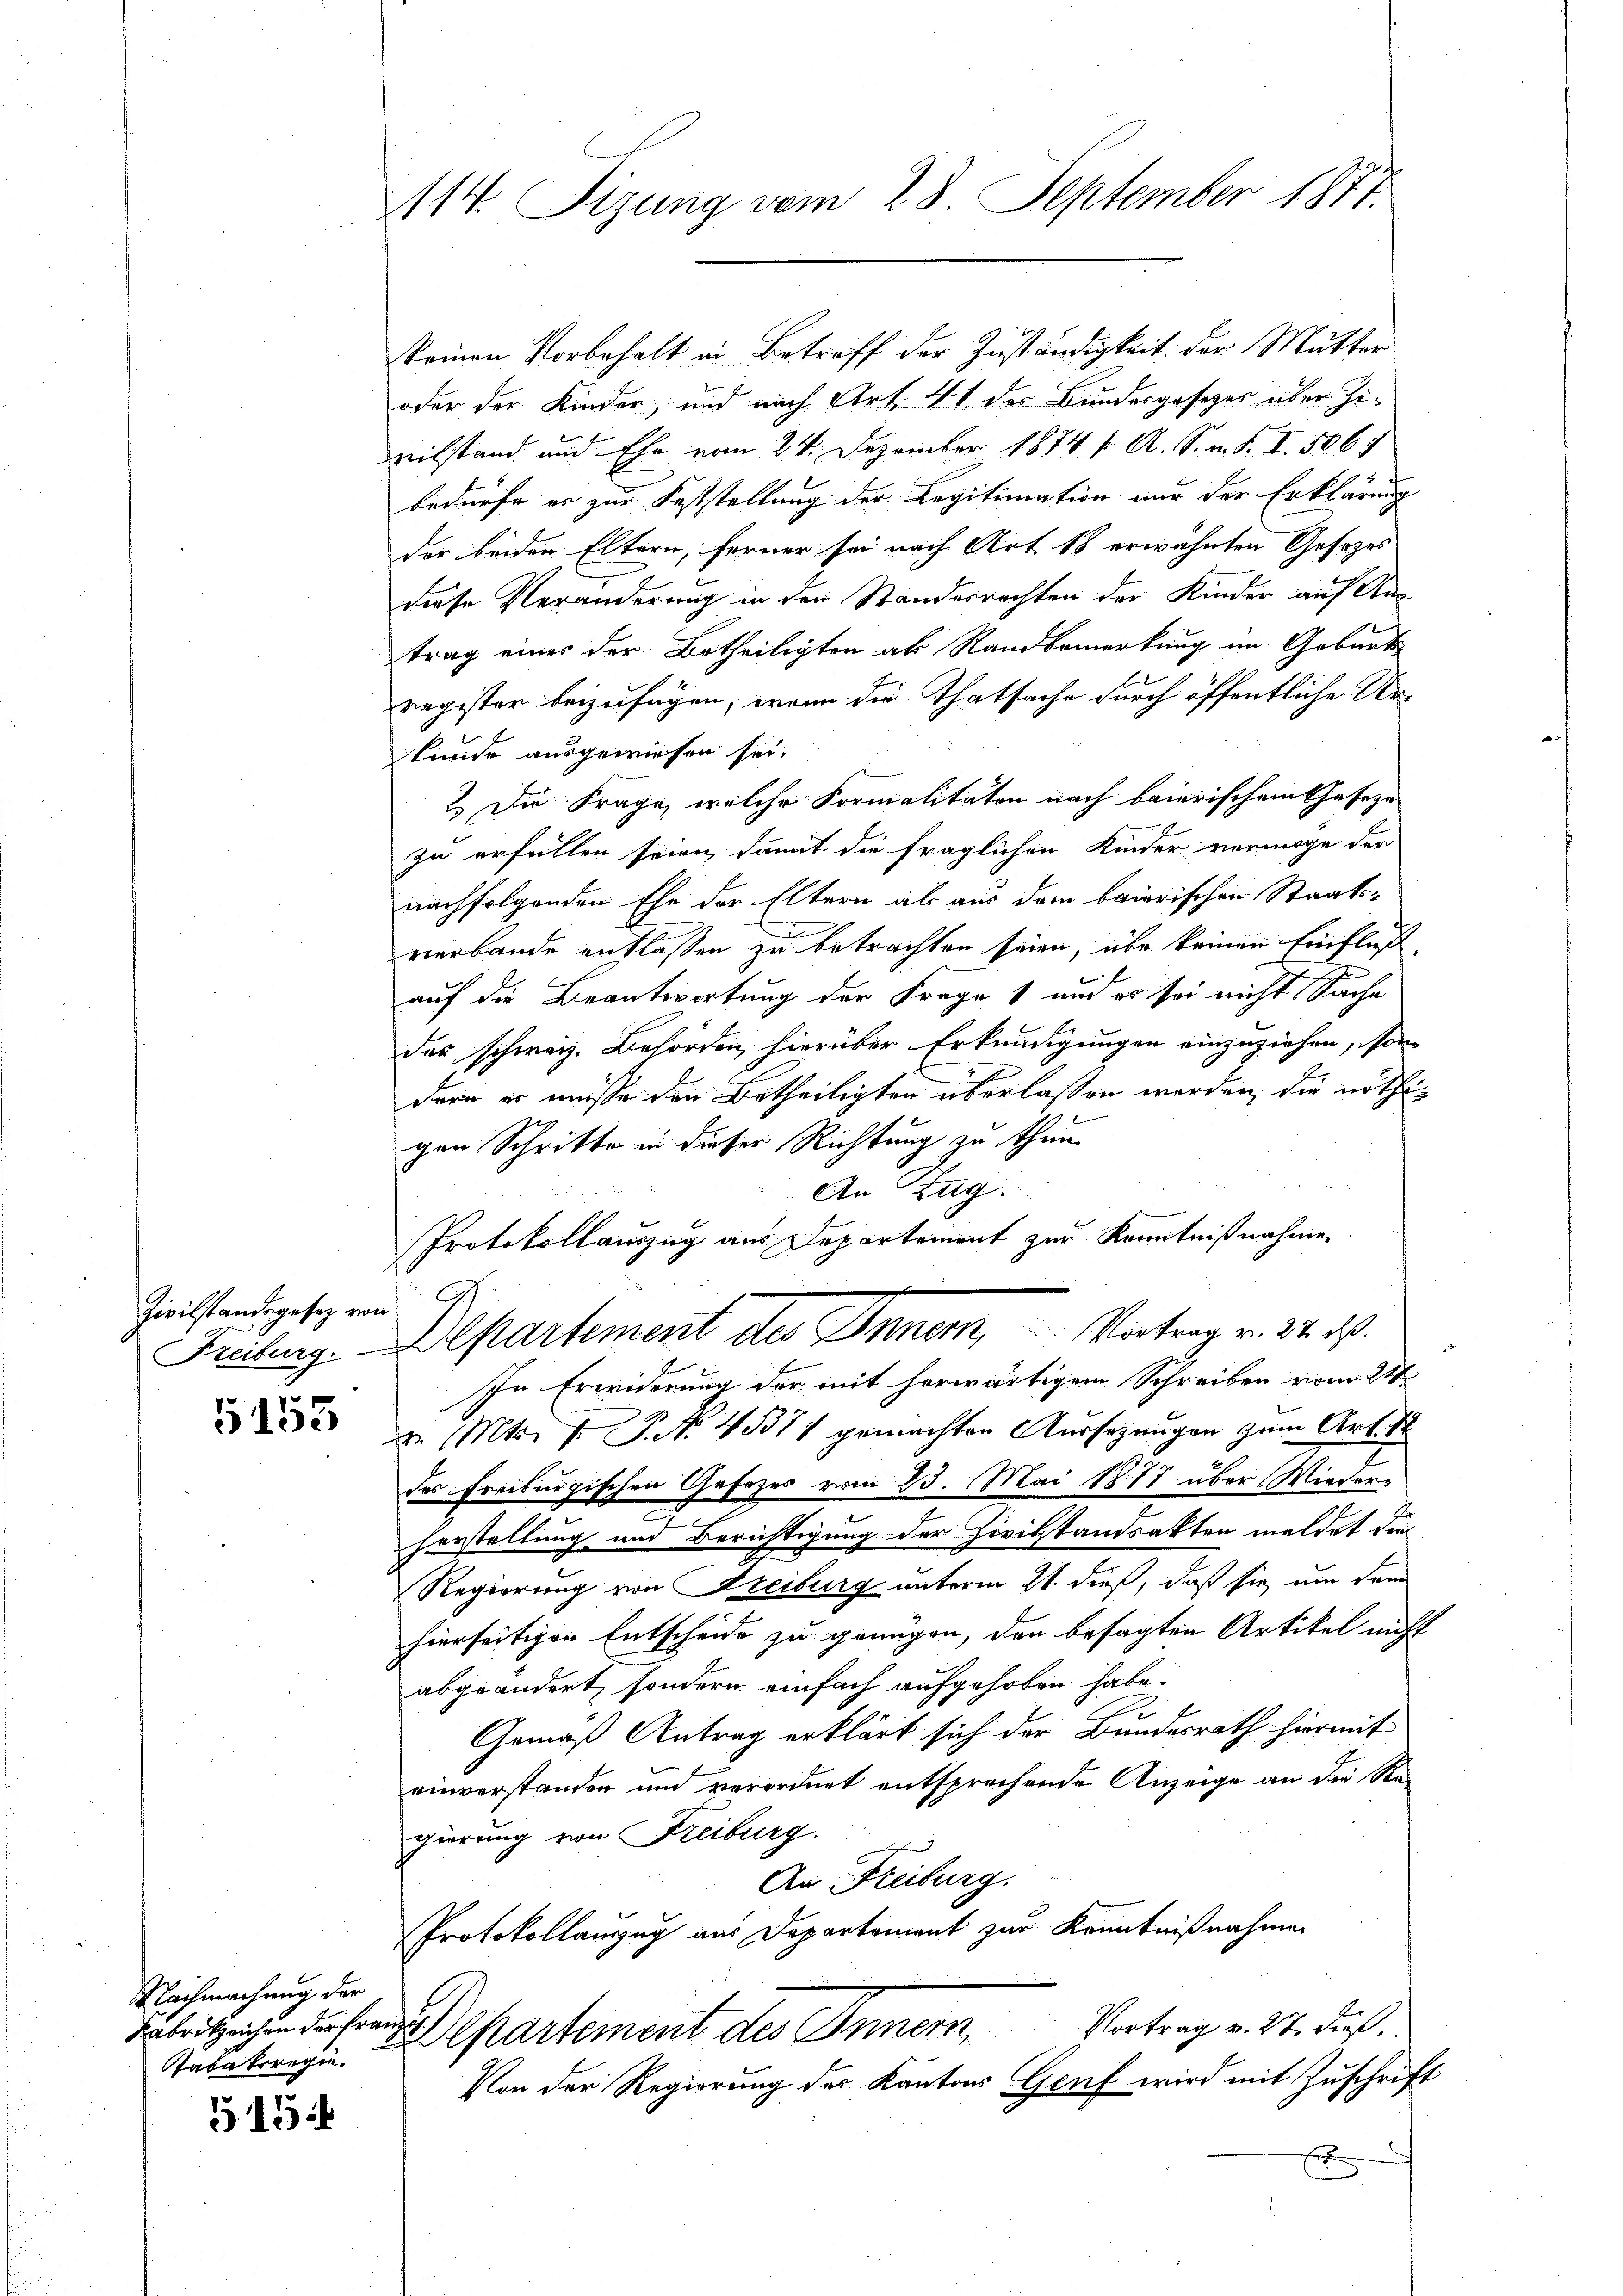
Zivilstandsgesez von

5153

Nachmachung der
Tabaksregie

515:

14. Sizung vom 28. September 1877.

keinen Vorbehalt in Betreff der Zuständigkeit der Mutter
oder der Kinder, und nach Art. 41 des Bundesgesetzes über Zipeilstand, und Ehe vom 24. Dezember 1874 f. A. S. n. F. I. 5064
bedürfe er zur Feststellung der Legitimation nur der Erklärung
der beiden Eltern, ferner sei nach Art 18 erwähnten Gesetzes
diese Veränderung in den Standesrechten der Kinder auf Antrag eines der Betheiligten ab Rand bemerkung im Geburts
register beizufügen, wenn die Thatsache durch öffentliche Ur-
tunde ausgewiesen sei.
2. Die Frage, welche Formalitäten nach baierischem Cafeze
zu erfüllen seien, damit die fraglichen Kinder vermöge der
nachfolgenden Ehe der Eltern als aus dem baierischen Staats-
verbande entlassen zu betrachten seien, über keinen Einfluß,
auf die Beantwortung der Frage 1 und es sei nicht Sache
das schweiz. Behörden, hierüber Erkundigungen einzuziehen, son-
derin er müsse den Betheiligten überlassen werden, die nöthigen Schritte in dieser Richtung zu thun.
An Zug.
Protokollauszug aus Departement zur Kenntnißnahme
G.
Freibung. Alpartement des Inner, Vortrag v. 24. ds.
In Erwiderung der mit herwärtigem Schreiben vom 24
d. Mts. v. P. Nr. 45371 gemachten Aussezungen zum Art. S
des Freiburgischen Gesezes vom 23. Mai 1877 über Wiederherstellung und Berichtigung der Zivilstandsakten meldet die
Regierung von Freiburg unterm 21. dieß, daß sie um dem
hierseitigen Entscheide zu genügen, den besagten Artikel nicht
abgeändert, sondern einfach aufgehoben habe.
Gemäß Antrag erklärt sich der Bundesrath hiermit
einverstanden und verordnet entsprechende Anzeige an die Regierung von Freiburg.
An Freiburg.
Protokollauszug aus Departement zur Kenntnißnahmen
Vortrag v. 27. dieß.
dalritzlichen des partement des Innern
Von der Regierung der Kantons Genf wird mit Zuschrift
Er